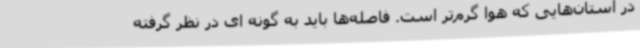
در استان‌هایی که هوا گرم‌تر است. فاصله‌ها باید به گونه ای در نظر گرفته